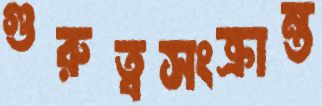
গুরুত্বসংক্রান্ত